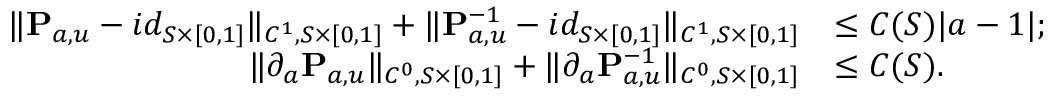
\begin{array} { r l } { \| \mathbf { P } _ { a , u } - i d _ { S \times [ 0 , 1 ] } \| _ { C ^ { 1 } , S \times [ 0 , 1 ] } + \| \mathbf { P } _ { a , u } ^ { - 1 } - i d _ { S \times [ 0 , 1 ] } \| _ { C ^ { 1 } , S \times [ 0 , 1 ] } } & { \leq C ( S ) | a - 1 | ; } \\ { \| \partial _ { a } \mathbf { P } _ { a , u } \| _ { C ^ { 0 } , S \times [ 0 , 1 ] } + \| \partial _ { a } \mathbf { P } _ { a , u } ^ { - 1 } \| _ { C ^ { 0 } , S \times [ 0 , 1 ] } } & { \leq C ( S ) . } \end{array}